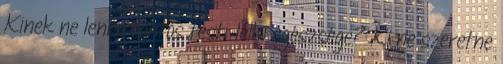
Kinek ne lenne fontos testi-lelki egészsége? Ki ne szeretne